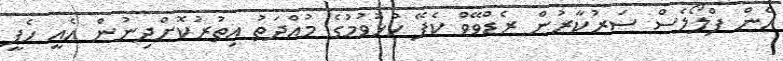
އެން ފްލޯލެސް ސަރުކާރުން ރެޑްވޭވް ކެފޭ ހުޅުވުމުގެ މުއްދަތު އިތުުރުކޮށްދިނުން އެއީ ހެޕީ